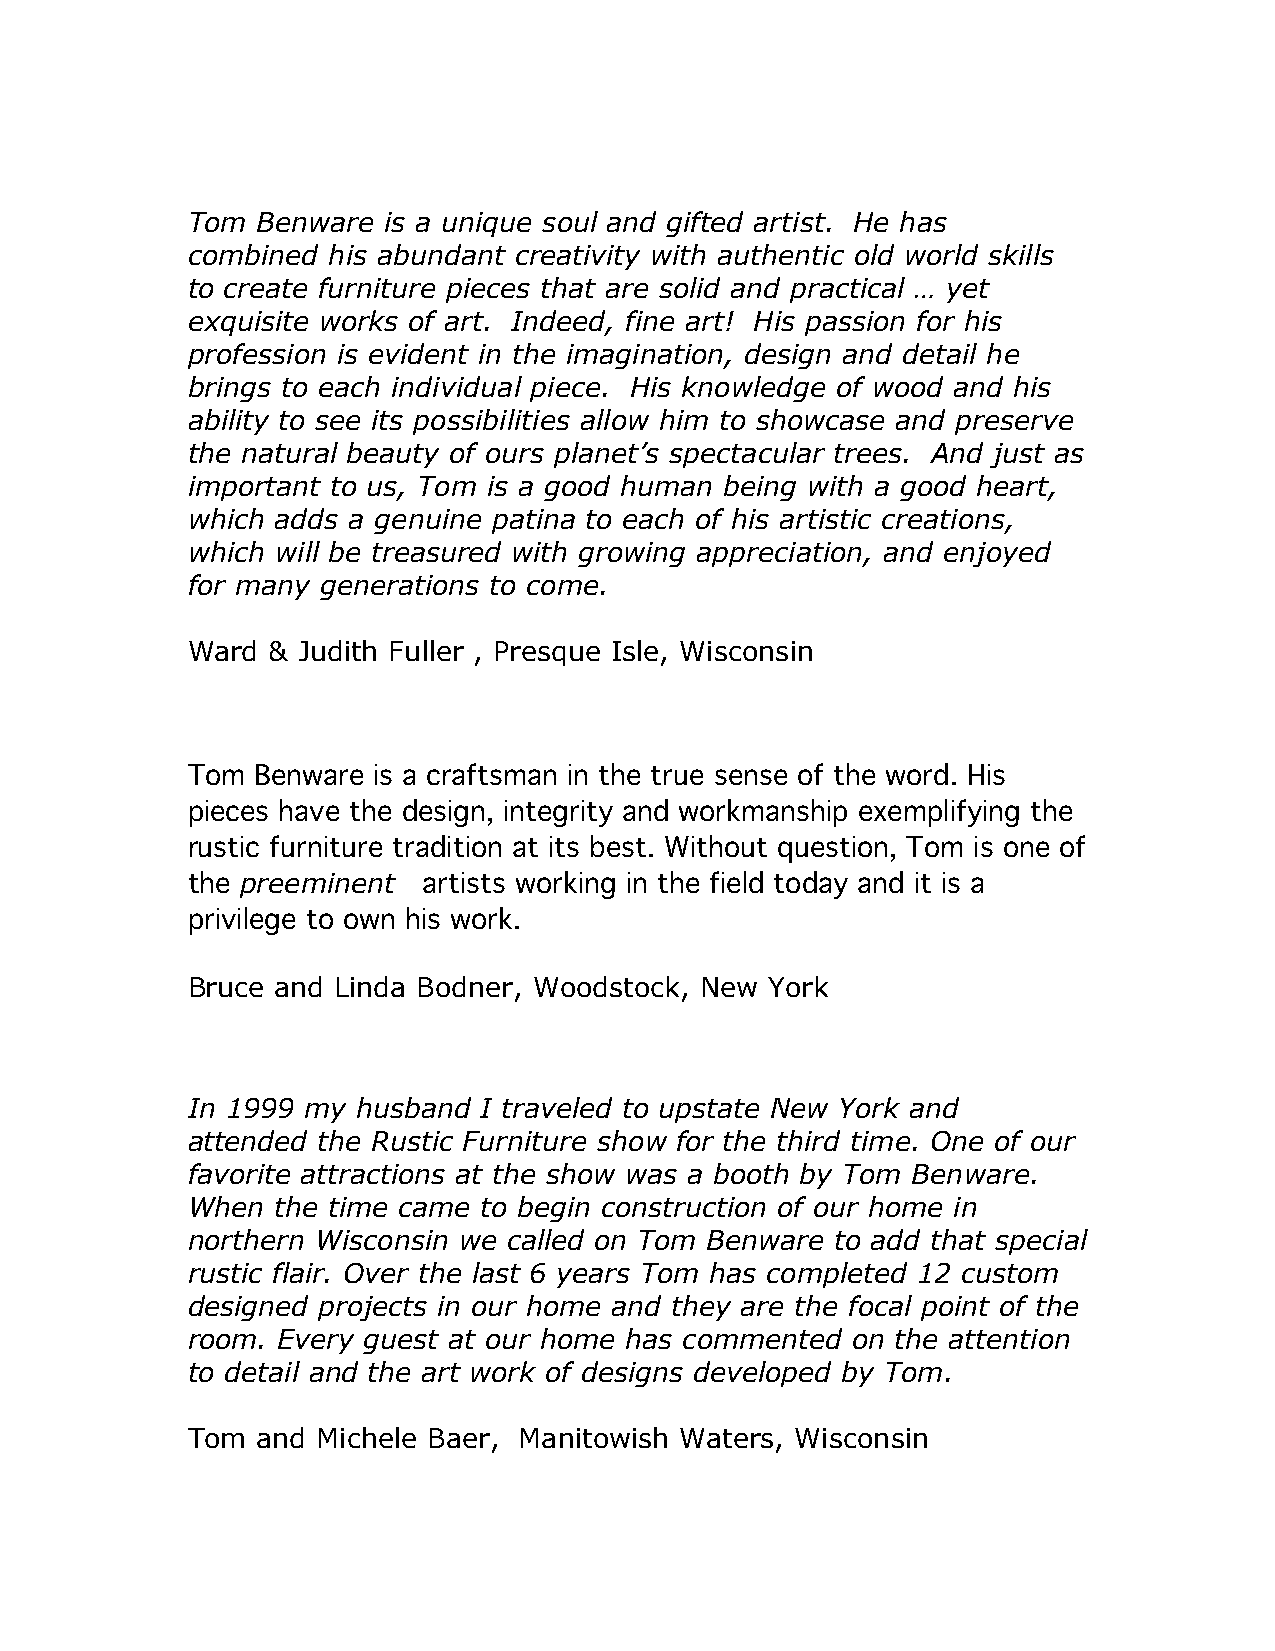
Tom  Benware is a unique soul and gifted artist. He has
 combined  his abundant creativity with authentic old world skills
 to create furniture pieces that are solid and practical … yet
 exquisite works of art. Indeed, fine art! His passion for his
 profession is evident in the imagination, design and detail he
 brings to each individual piece. His knowledge of wood and his
 ability to see its possibilities allow him to showcase and preserve
 the natural beauty of ours planet’s spectacular trees. And just as
 important to us, Tom is a good human being with a good heart,
 which adds a genuine patina to each of his artistic creations,
 which will be treasured with growing appreciation, and enjoyed
 for many generations to come.
 Ward  & Judith Fuller , Presque Isle, Wisconsin
 Tom  Benware is a craftsman in the true sense of the word. His
 pieces have the design, integrity and workmanship exemplifying the
 rustic furniture tradition at its best. Without question, Tom is one of
 the preeminent  artists working in the field today and it is a
 privilege to own his work.
 Bruce and Linda Bodner, Woodstock, New York
 In 1999 my  husband I traveled to upstate New York and
 attended the Rustic Furniture show for the third time. One of our
 favorite attractions at the show was a booth by Tom Benware.
 When  the time came to begin construction of our home in
 northern Wisconsin we called on Tom Benware to add that special
 rustic flair. Over the last 6 years Tom has completed 12 custom
 designed projects in our home and they are the focal point of the
 room. Every guest at our home has commented on the attention
 to detail and the art work of designs developed by Tom.
 Tom  and Michele Baer, Manitowish Waters, Wisconsin